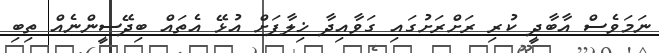
ނަމަވެސް އާބާދީ ކުރި ރަށްރަށުގައި ގަވާއިދާ ޚިލާފަށް އުޅޭ އެތައް ބިދޭސީންނެއް ތިބި